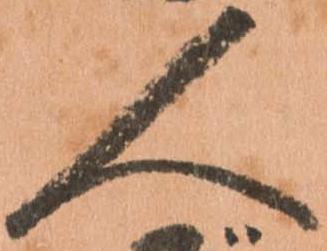
人